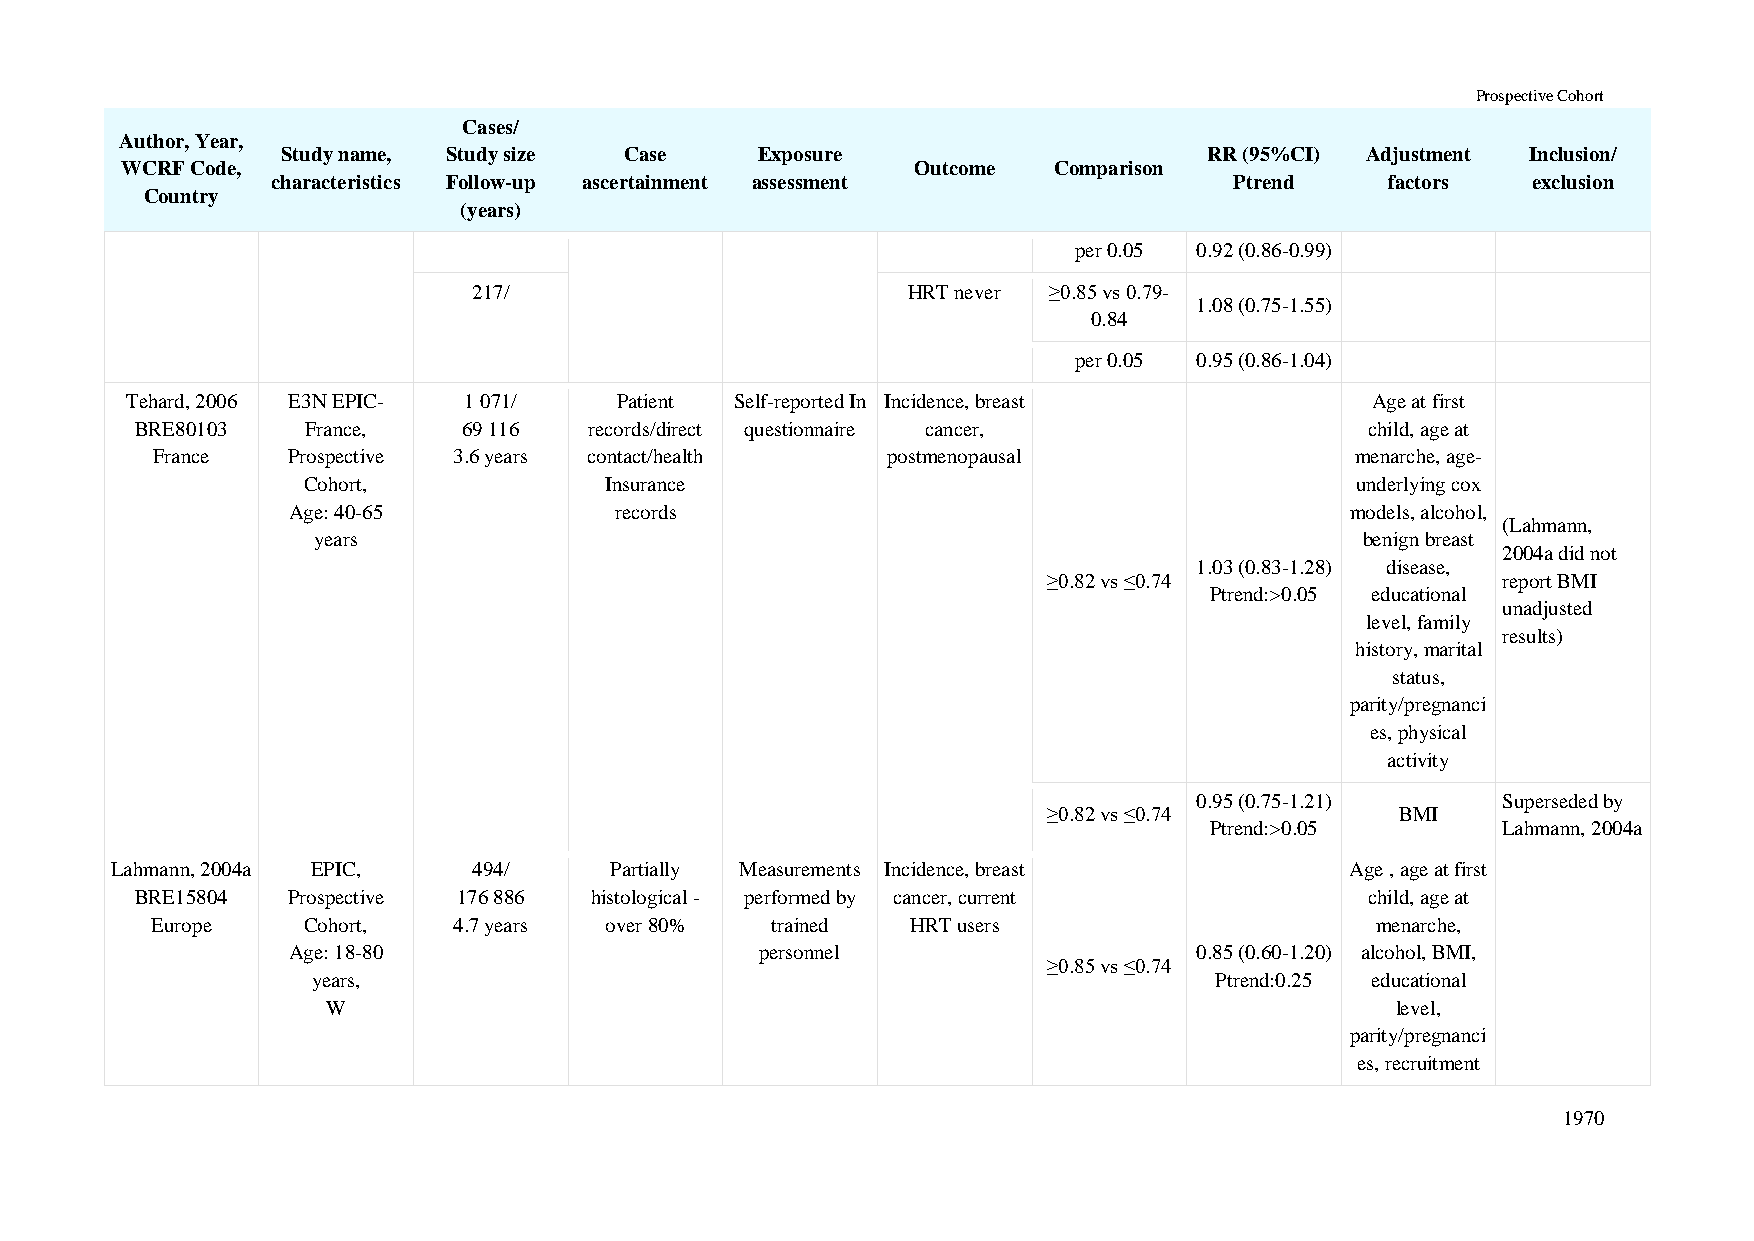
Prospective Cohort
 Cases/
 Author, Year,
 Study name, Study size Case    Exposure                      RR (95%CI) Adjustment Inclusion/
 WCRF Code,                                           Outcome  Comparison
 characteristics Follow-up ascertainment assessment              Ptrend    factors  exclusion
 Country
 (years)
 per 0.05 0.92 (0.86-0.99)
 217/                         HRT never ≥0.85 vs 0.79-
 1.08 (0.75-1.55)
 0.84
 per 0.05 0.95 (0.86-1.04)
 Tehard, 2006 E3N EPIC- 1 071/    Patient Self-reported In Incidence, breast        Age at first
 BRE80103   France,    69 116  records/direct questionnaire cancer,                child, age at
 France   Prospective 3.6 years contact/health    postmenopausal                 menarche, age-
 Cohort,             Insurance                                         underlying cox
 Age: 40-65            records                                         models, alcohol,
 (Lahmann,
 years                                                                benign breast
 2004a did not
 1.03 (0.83-1.28) disease,
 ≥0.82 vs ≤0.74                report BMI
 Ptrend:>0.05 educational
 unadjusted
 level, family
 results)
 history, marital
 status,
 parity/pregnanci
 es, physical
 activity
 0.95 (0.75-1.21)    Superseded by
 ≥0.82 vs ≤0.74          BMI
 Ptrend:>0.05       Lahmann, 2004a
 Lahmann, 2004a EPIC,    494/     Partially Measurements Incidence, breast         Age , age at first
 BRE15804  Prospective 176 886 histological - performed by cancer, current         child, age at
 Europe    Cohort,   4.7 years over 80%   trained  HRT users                      menarche,
 Age: 18-80                     personnel                    0.85 (0.60-1.20) alcohol, BMI,
 ≥0.85 vs ≤0.74
 years,                                                     Ptrend:0.25 educational
 W                                                                     level,
 parity/pregnanci
 es, recruitment
 1970